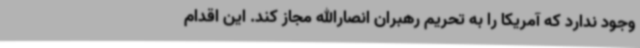
وجود ندارد که آمریکا را به تحریم رهبران انصارالله مجاز کند. این اقدام